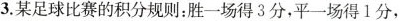
3.某足球比赛的积分规则：胜一场得3分，平一场得1分，